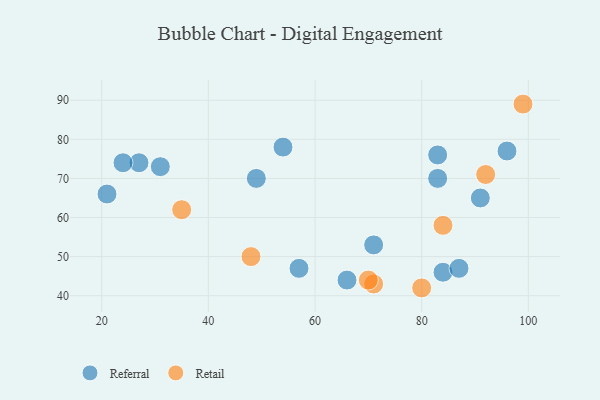
{"axis": {"x": "GDP", "y": "Life Expectancy"}, "legend": ["Referral", "Retail"], "data": [{"x": "91", "y": 65, "type": "Referral"}, {"x": "31", "y": 73, "type": "Referral"}, {"x": "27", "y": 74, "type": "Referral"}, {"x": "83", "y": 76, "type": "Referral"}, {"x": "21", "y": 66, "type": "Referral"}, {"x": "57", "y": 47, "type": "Referral"}, {"x": "83", "y": 70, "type": "Referral"}, {"x": "96", "y": 77, "type": "Referral"}, {"x": "84", "y": 46, "type": "Referral"}, {"x": "54", "y": 78, "type": "Referral"}, {"x": "49", "y": 70, "type": "Referral"}, {"x": "87", "y": 47, "type": "Referral"}, {"x": "24", "y": 74, "type": "Referral"}, {"x": "71", "y": 53, "type": "Referral"}, {"x": "66", "y": 44, "type": "Referral"}, {"x": "99", "y": 89, "type": "Retail"}, {"x": "80", "y": 42, "type": "Retail"}, {"x": "35", "y": 62, "type": "Retail"}, {"x": "71", "y": 43, "type": "Retail"}, {"x": "84", "y": 58, "type": "Retail"}, {"x": "48", "y": 50, "type": "Retail"}, {"x": "70", "y": 44, "type": "Retail"}, {"x": "92", "y": 71, "type": "Retail"}]}